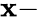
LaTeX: \mathbf{x}-